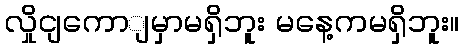
လှိုငျကောျမှာမရှိဘူး မနေ့ကမရှိဘူး။